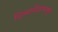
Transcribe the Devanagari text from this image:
दिव्यापीठापासून